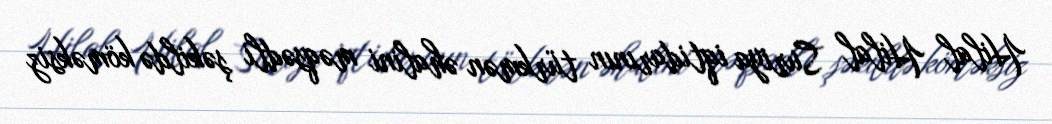
Hilal Hilal Suriya iqtidarının türkmən əhalini məqsədli şəkildə köməksiz